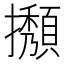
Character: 𢹉